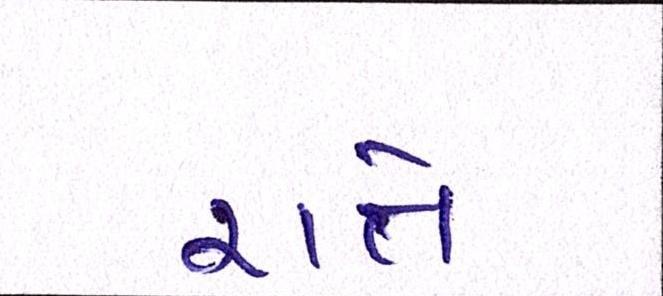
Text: રાતે